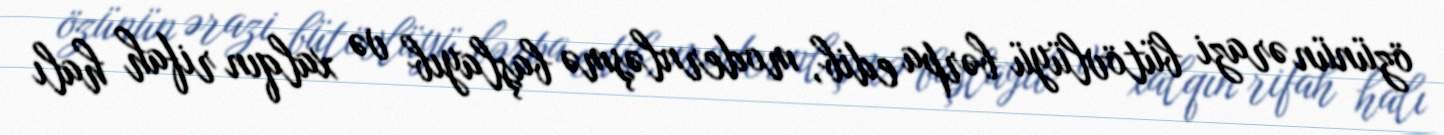
özünün ərazi bütövlüyü bərpa edib, modernləşmə başlayıb və xalqın rifah halı